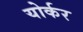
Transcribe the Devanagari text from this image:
योर्कर